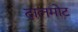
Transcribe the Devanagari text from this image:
दालमोट